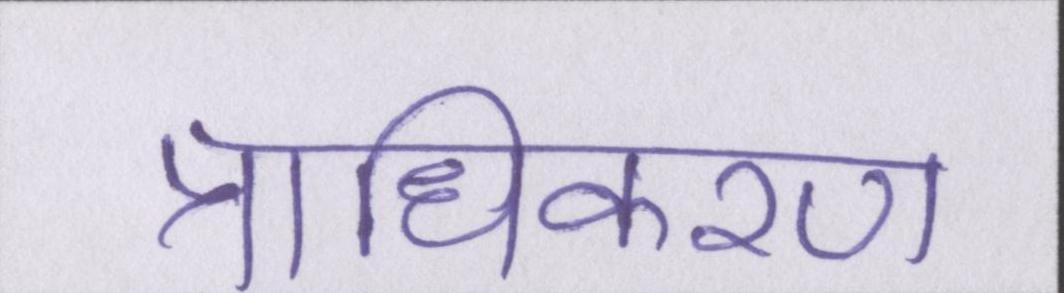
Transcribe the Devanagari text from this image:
प्राधिकरण